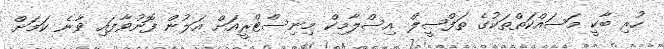
ހުރި ބާކީ މަސައްކަތްތަކުގެ ތަފްޞީލް އިސްލާމިކް މިނިސްޓްރީއަށް އަލުން ފޮނުވާފައި ވާނެ ކަމަށް